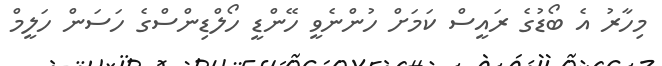
މިހާރު އެ ބޯޑުގެ ރައީސް ކަމަށް ހުންނެވީ ހޭންޑީ ހޯލްޑިންސްގެ ހަސަން ހަލީމް